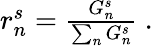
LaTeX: \begin{array}{r}{r_{n}^{s}=\frac{G_{n}^{s}}{\sum_{n}G_{n}^{s}}~.}\end{array}